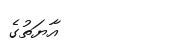
އާޔަތުގެ